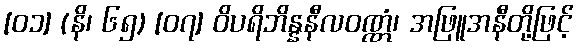
[၀၁] (နိ၊ ၆၅) [၀၇] ဝိပရိဘိန္နနီလဝဏ္ဏံ၊ အဖြူအနီတို့ဖြင့်